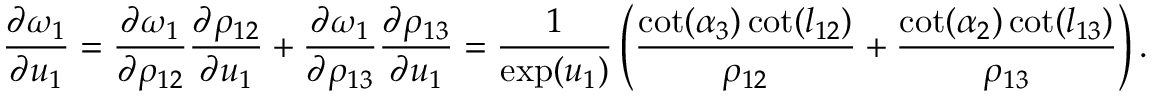
\frac { \partial \omega _ { 1 } } { \partial u _ { 1 } } = \frac { \partial \omega _ { 1 } } { \partial \rho _ { 1 2 } } \frac { \partial \rho _ { 1 2 } } { \partial u _ { 1 } } + \frac { \partial \omega _ { 1 } } { \partial \rho _ { 1 3 } } \frac { \partial \rho _ { 1 3 } } { \partial u _ { 1 } } = \frac { 1 } { \exp ( u _ { 1 } ) } \left( \frac { \cot ( \alpha _ { 3 } ) \cot ( l _ { 1 2 } ) } { \rho _ { 1 2 } } + \frac { \cot ( \alpha _ { 2 } ) \cot ( l _ { 1 3 } ) } { \rho _ { 1 3 } } \right) .